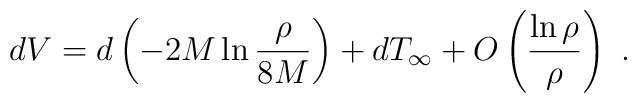
dV = d\left(-2M\ln\frac{\rho}{8M}\right) + dT_\infty +  O\left(\frac{\ln\rho}{\rho}\right)\ .